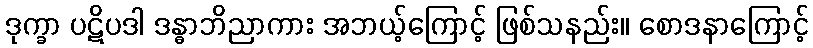
ဒုက္ခာ ပဋိပဒါ ဒန္ဓာဘိညာကား အဘယ့်ကြောင့် ဖြစ်သနည်း။ စောဒနာကြောင့်